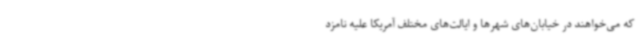
که می‌خواهند در خیابان‌های شهرها و ایالت‌های مختلف آمریکا علیه نامزد